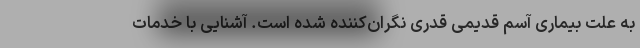
به علت بیماری آسم قدیمی قدری نگران‌کننده شده است. آشنایی با خدمات